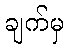
ချက်မှ